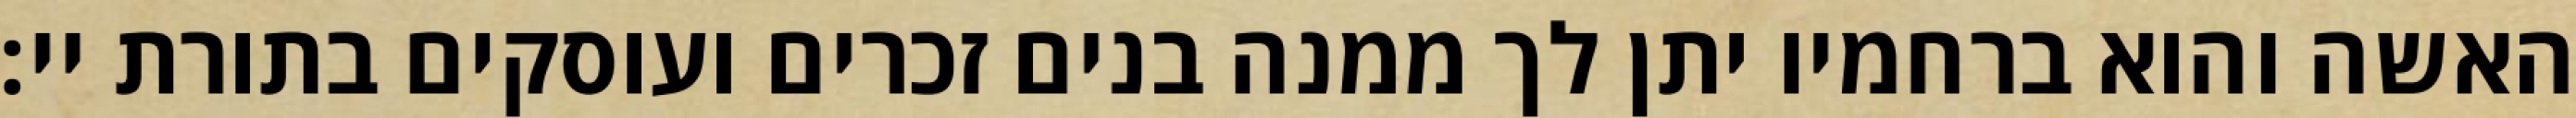
האשה והוא ברחמיו יתן לך ממנה בנים זכרים ועוסקים בתורת יי: